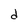
Character: d